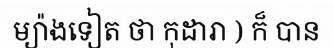
ម្យ៉ាងទៀត ថា កុដារា ) ក៏ បាន